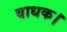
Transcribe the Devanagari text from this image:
बाधक।